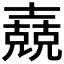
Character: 𡕁